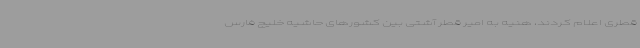
قطری اعلام کردند، هنیه به امیر قطر آشتی بین کشورهای حاشیه خلیج فارس